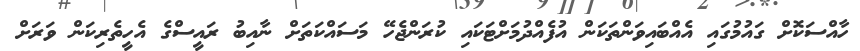
ހާއްސަކޮށް ގައުމުގައި އެއްބައިވަންތަކަން އުފެއްދުމަށްޓަކައި ކުރަންޖެހޭ މަސައްކަތަށް ނާއިބު ރައީސްގެ އެހީތެރިކަން ވަރަށް